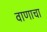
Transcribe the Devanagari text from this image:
वाणाचा